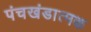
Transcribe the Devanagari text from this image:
पंचखंडात्मक